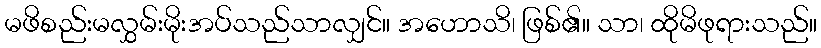
မဖိစည်းမလွှမ်းမိုးအပ်သည်သာလျှင်။ အဟောသိ၊ ဖြစ်၏။ သာ၊ ထိုမိဖုရားသည်။